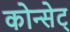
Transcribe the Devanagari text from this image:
कोन्सेट्